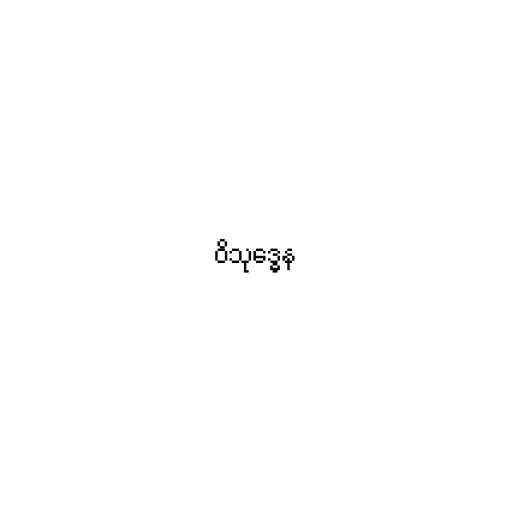
ဝိသုဒ္ဓေန